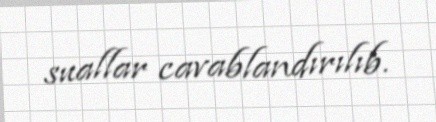
suallar cavablandırılıb.